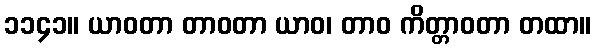
၁၁၄၁။ ယာဝတာ တာဝတာ ယာဝ၊ တာဝ ကိတ္တာဝတာ တထာ။